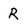
Character: R